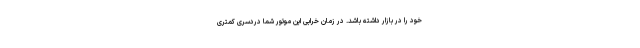
خود را در بازار داشته باشد. در زمان خرابی این موتور شما دردسری کمتری